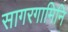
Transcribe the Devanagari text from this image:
सागरगामिनि